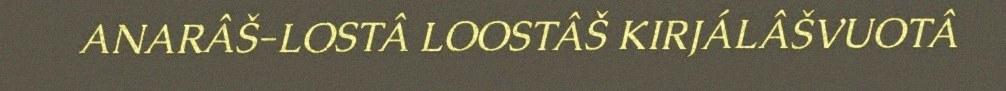
ANARÂŠ-LOSTÂ LOOSTÂŠ KIRJÁLÂŠVUOTÂ